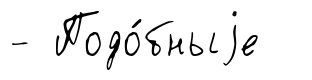
- Подо́бныjе